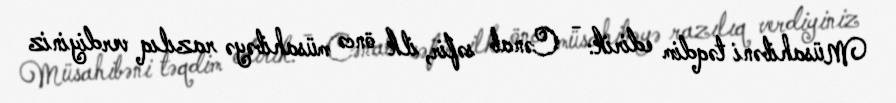
Müsahibəni təqdim edirik: - Cənab səfir, ilk öncə müsahibəyə razılıq verdiyiniz